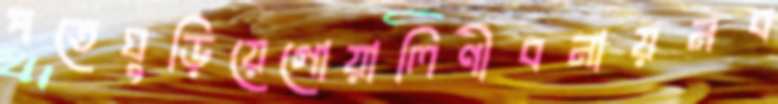
পতেঘুড়িয়েগোয়ালিণীবনায়নব